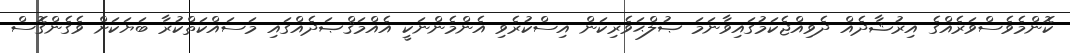
ކޮންމެވެސްވަރެއްގެ އިރުޝާދެއް ދެވިއްޖެކަމުގައިވާނަމަ ޞުލްޙަވެރިކަން އިސްކުރެވި އެންމެންނަކީ އެއްމަޤްޞަދެއްގައި މަސައްކަތްކުރާ ބަޔަކަށް ވެގެންގޮސް